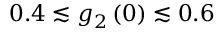
0 . 4 \lesssim g _ { 2 } \left( 0 \right) \lesssim 0 . 6